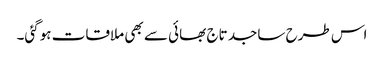
اس طرح ساجد تاج بھائی سے بھی ملاقات ہوگئی۔